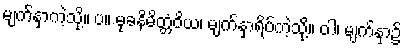
မျက်နှာကဲ့သို့။ ပ။ မုခနိမိတ္တံဝိယ၊ မျက်နှာရိပ်ကဲ့သို့။ ဝါ၊ မျက်နှာ၌